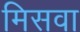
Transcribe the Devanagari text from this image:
मिसवा